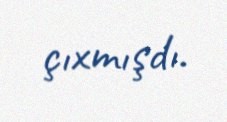
çıxmışdı.